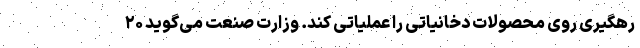
رهگیری روی محصولات دخانیاتی را عملیاتی کند. وزارت صنعت می‌گوید ۲۰